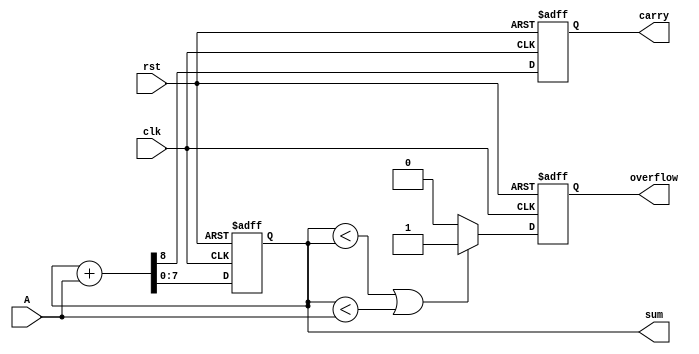
module accumulator (rst, clk, A, carry, overflow, sum);
    input rst, clk;
    input [7:0] A;
    output reg carry, overflow;
    output reg [7:0] sum;
	 
	 reg [7:0] temp;
	 
	 always @(*) begin
		temp = sum;
	 end

    always @(posedge clk, negedge rst) begin
        if (~rst) begin
            sum <= 0;
            carry <= 0;
            overflow <= 0;
        end
        else begin
            {carry, sum} <= temp + A;
            if (sum < temp || sum < A) begin
                overflow <= 1'b1;
            end else begin
					 overflow <= 0;
				end
        end
    end
endmodule